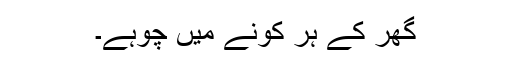
گھر کے ہر کونے میں چوہے۔